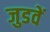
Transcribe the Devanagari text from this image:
जुडवें